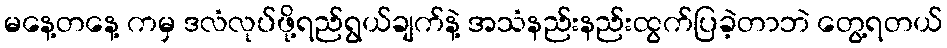
မနေ့တနေ့ ကမှ ဒလံလုပ်ဖို့ရည်ရွယ်ချက်နဲ့ အသံနည်းနည်းထွက်ပြခဲ့တာဘဲ တွေ့ရတယ်